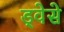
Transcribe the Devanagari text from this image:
ड्वेसे